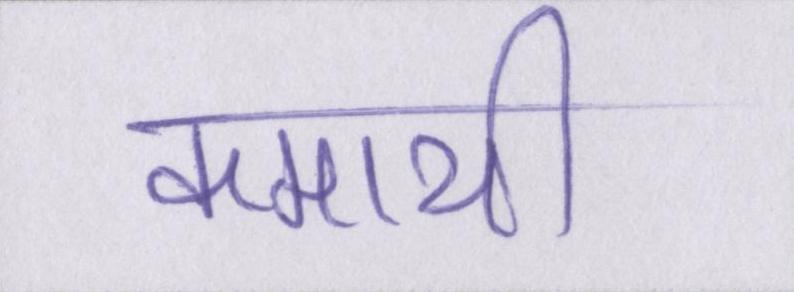
कमायी